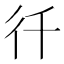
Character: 𭛜